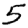
Digit: 5